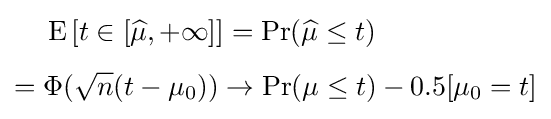
{\begin{aligned}&\operatorname {E} \left[t\in \left[{\widehat {\mu }},+\infty \right]\right]=\Pr({\widehat {\mu }}\leq t)\\[4pt]={}&\Phi ({\sqrt {n}}(t-\mu _{0}))\rightarrow \Pr(\mu \leq t)-0.5[\mu _{0}=t]\end{aligned}}